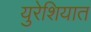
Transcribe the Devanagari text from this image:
युरेशियात